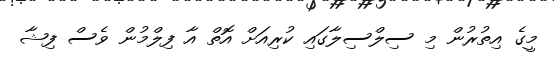
މީގެ އިތުރުން މި ސިލްސިލާގައި ކުރިއަށް އޮތް އާ ފިލްމުން ވެސް ފިޝާ